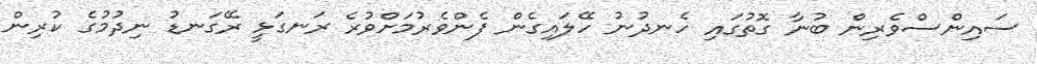
ސައިންސްވެރިން ބުނާ ގޮތުގައި ހެނދުނު ހޭލައިގެން ފެންވެރުމަށްވުރެ ރަނގަޅީ ރޭގަނޑު ނިދުމުގެ ކުރިން